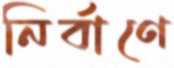
নির্বাণে